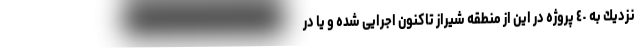
نزديك به ٤٠ پروژه در این از منطقه شيراز تاكنون اجرایی شده و یا در